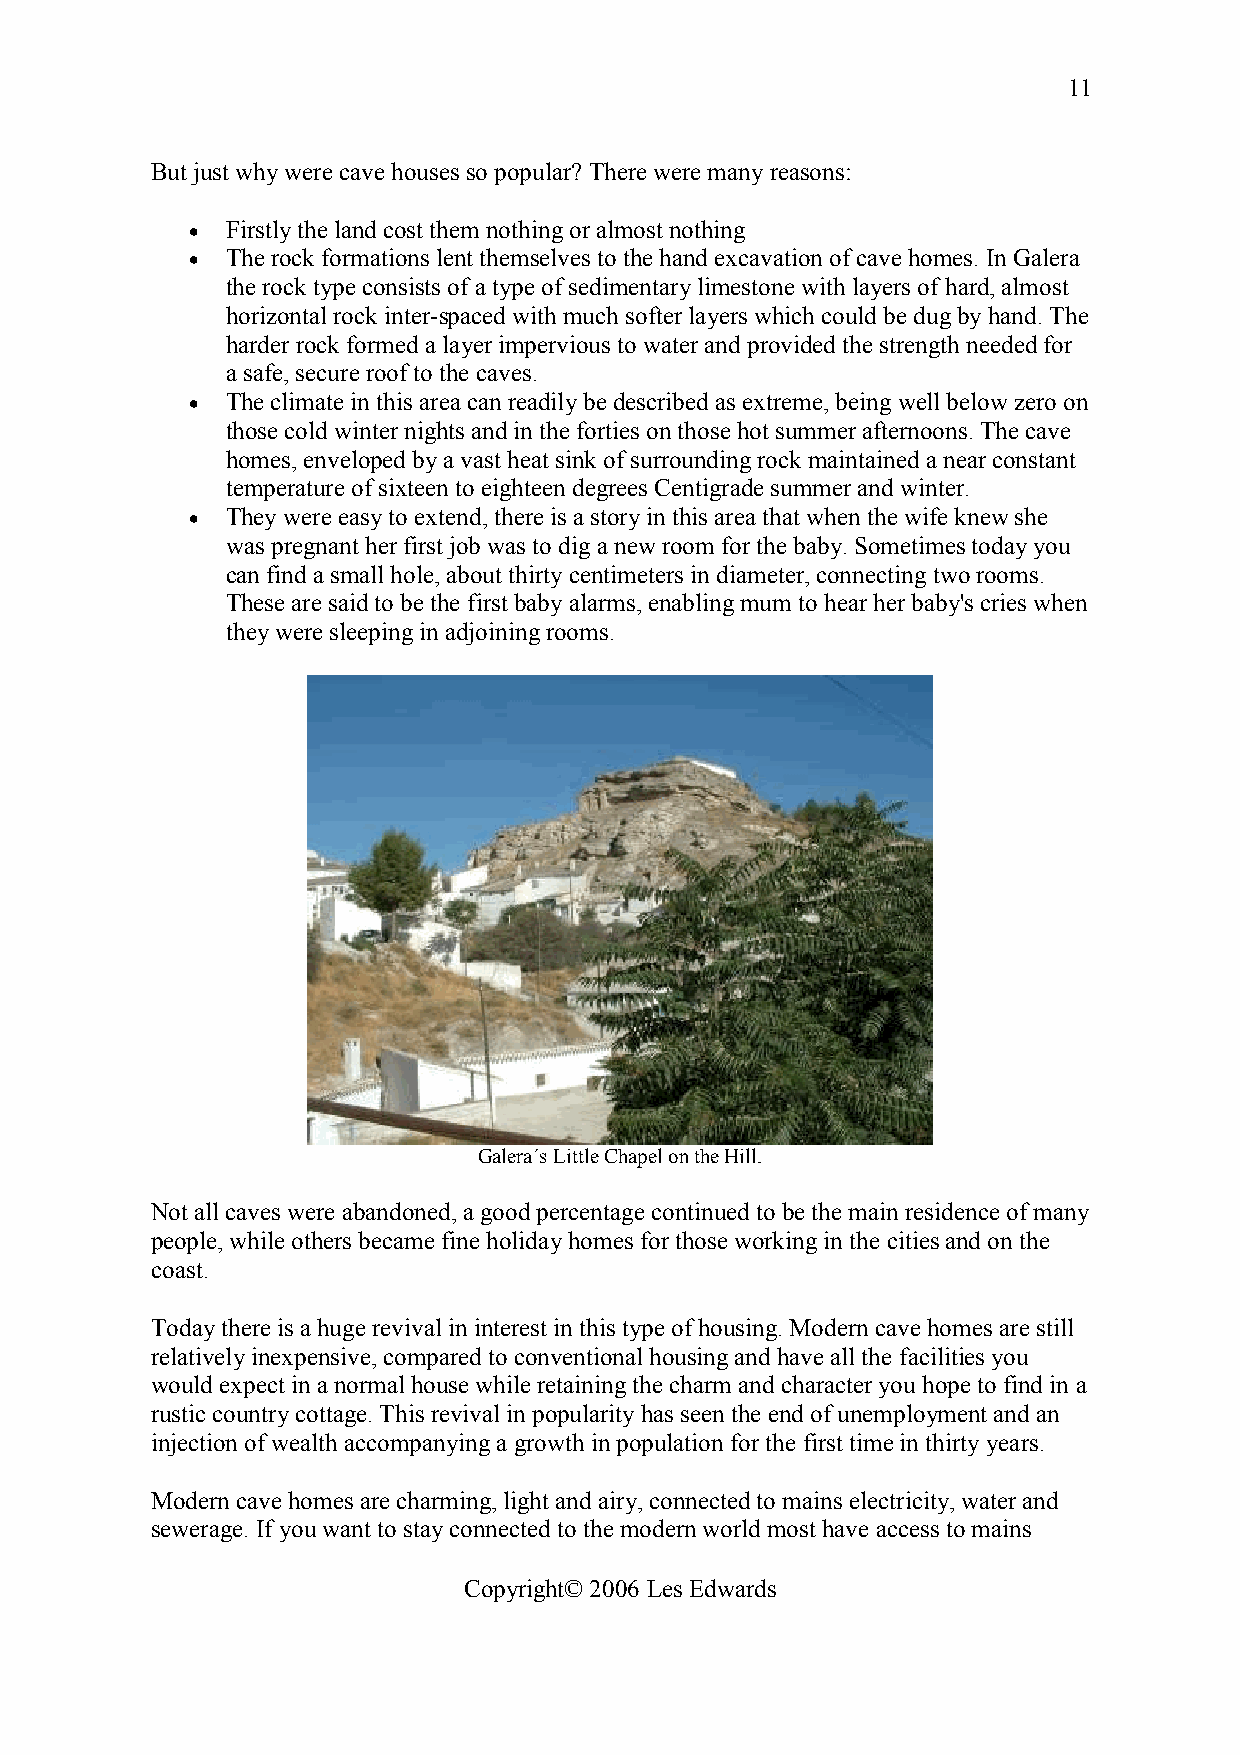
11
 But just why were cave houses so popular? There were many reasons:
 • Firstly the land cost them nothing or almost nothing
 • The rock formations lent themselves to the hand excavation of cave homes. In Galera
 the rock type consists of a type of sedimentary limestone with layers of hard, almost
 horizontal rock inter-spaced with much softer layers which could be dug by hand. The
 harder rock formed a layer impervious to water and provided the strength needed for
 a safe, secure roof to the caves.
 • The climate in this area can readily be described as extreme, being well below zero on
 those cold winter nights and in the forties on those hot summer afternoons. The cave
 homes, enveloped by a vast heat sink of surrounding rock maintained a near constant
 temperature of sixteen to eighteen degrees Centigrade summer and winter.
 • They were easy to extend, there is a story in this area that when the wife knew she
 was pregnant her first job was to dig a new room for the baby. Sometimes today you
 can find a small hole, about thirty centimeters in diameter, connecting two rooms.
 These are said to be the first baby alarms, enabling mum to hear her baby's cries when
 they were sleeping in adjoining rooms.
 Galera´s Little Chapel on the Hill.
 Not all caves were abandoned, a good percentage continued to be the main residence of many
 people, while others became fine holiday homes for those working in the cities and on the
 coast.
 Today there is a huge revival in interest in this type of housing. Modern cave homes are still
 relatively inexpensive, compared to conventional housing and have all the facilities you
 would expect in a normal house while retaining the charm and character you hope to find in a
 rustic country cottage. This revival in popularity has seen the end of unemployment and an
 injection of wealth accompanying a growth in population for the first time in thirty years.
 Modern cave homes are charming, light and airy, connected to mains electricity, water and
 sewerage. If you want to stay connected to the modern world most have access to mains
 Copyright© 2006 Les Edwards